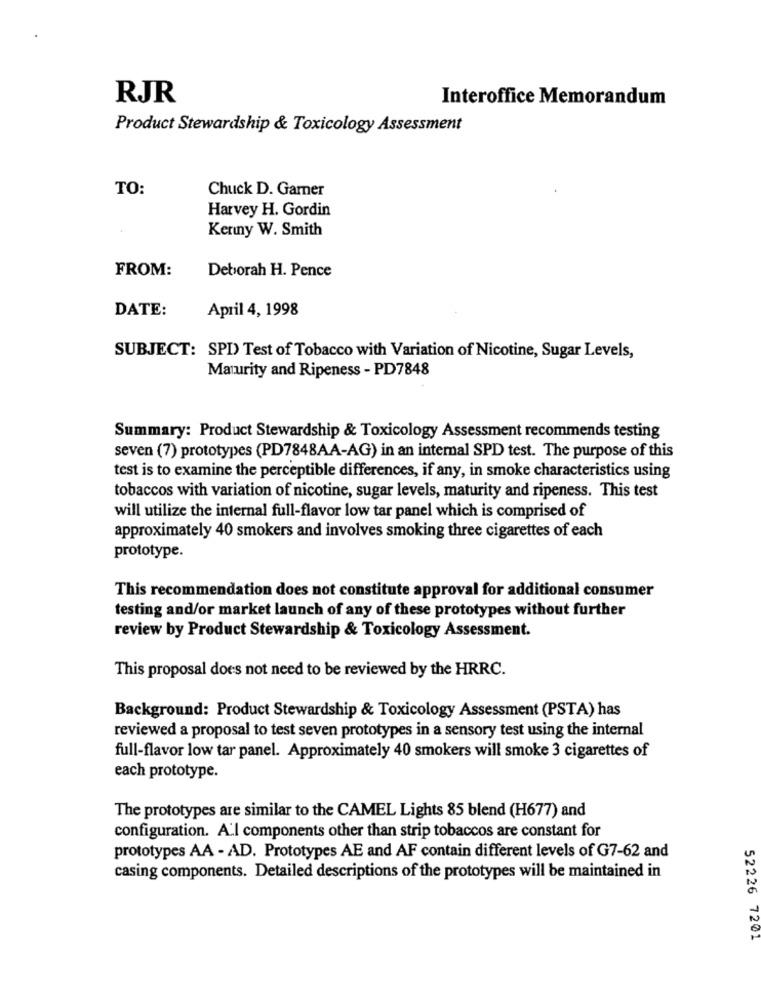
RJR
Interoffice Memorandum
Product Stewardship & Toxicology Assessment
TO:
Chuck D. Garner
Harvey H. Gordin
Kenny W. Smith
FROM:
Deborah H. Pence
DATE:
April 4, 1998
SUBJECT: SPD) Test of Tobacco with Variation of Nicotine, Sugar Levels,
Maturity and Ripeness - PD7848
Summary: Product Stewardship & Toxicology Assessment recommends testing
seven (7) prototypes (PD7848AA-AG) in an internal SPD test. The purpose of this
test is to examine the perceptible differences, if any, in smoke characteristics using
tobaccos with variation of nicotine, sugar levels, maturity and ripeness. This test
will utilize the internal full-flavor low tar panel which is comprised of
approximately 40 smokers and involves smoking three cigarettes of each
prototype.
This recommendation does not constitute approval for additional consumer
testing and/or market launch of any of these prototypes without further
review by Product Stewardship & Toxicology Assessment.
This proposal does not need to be reviewed by the HRRC.
Background: Product Stewardship & Toxicology Assessment (PSTA) has
reviewed a proposal to test seven prototypes in a sensory test using the internal
full-flavor low tar panel. Approximately 40 smokers will smoke 3 cigarettes of
each prototype.
The prototypes are similar to the CAMEL Lights 85 blend (H677) and
configuration. A'l components other than strip tobaccos are constant for
prototypes AA - AD. Prototypes AE and AF contain different levels of G7-62 and
casing components. Detailed descriptions of the prototypes will be maintained in
52226 7201